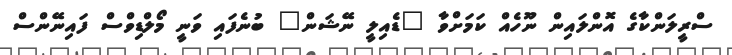
ސްރީލަންކާގެ އޮންލައިން ނޫހެއް ކަމަށްވާ "ޑެއިލީ ނޭޝަން" ބުނެފައި ވަނީ މޯލްޑިވްސް ފައިނޭންސް